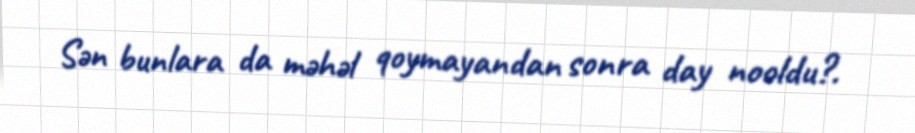
Sən bunlara da məhəl qoymayandan sonra day nooldu?.